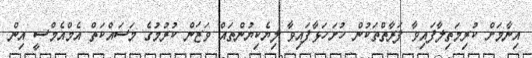
އިނާމަށް ކުރިމަތިލާފައިވާ ފަރާތްތަކުން ހުށަހަޅާފައިވާ ލިޔެކިޔުންތައް ވަޒަން ކުރުމުގެ މަސައްކަތް އެމްއެމްސީ އިން